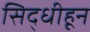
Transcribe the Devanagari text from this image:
सिद्धीहून